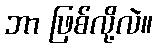
ဘာ ဖြစ်လို့လဲ။